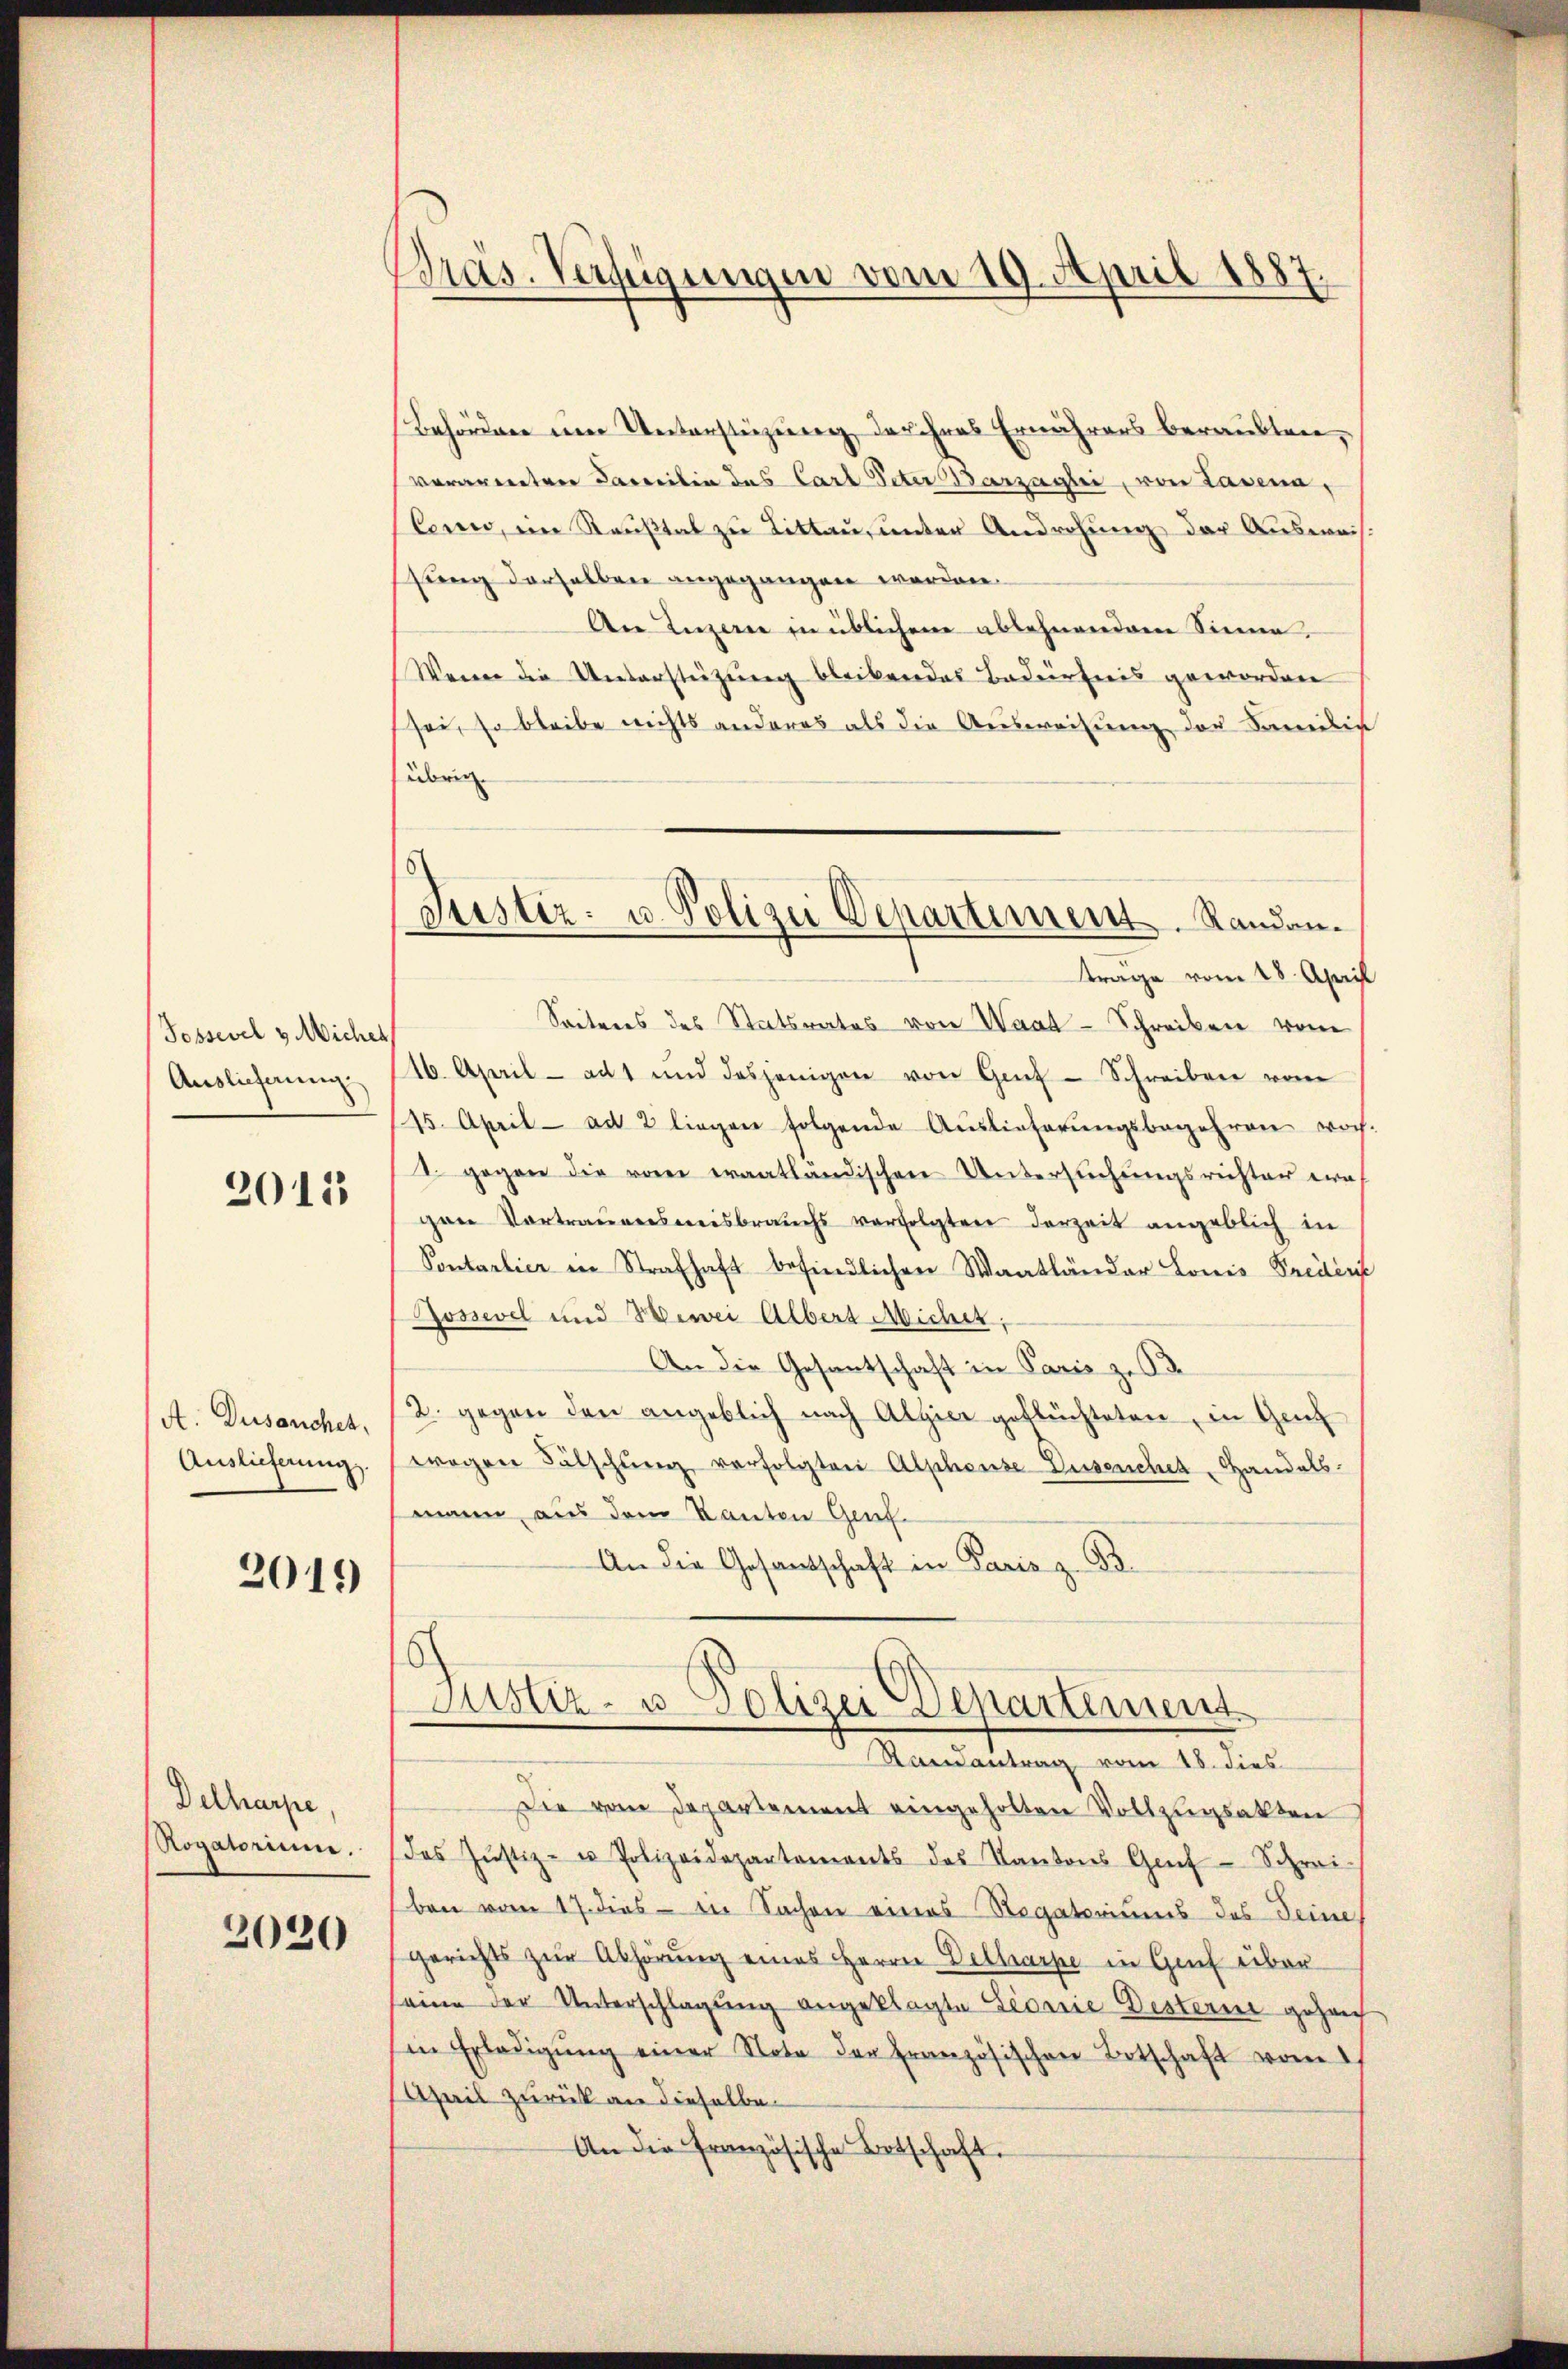
Possevel v. Micher
Auslieferung

2015

A. Dusauchet,
Auslieferung.

2019

Delharpe,
Rogatorium.

2020

Präs. Verfügungen vom 19. April 1887.

Behördere eine Unterstüzung der ihres Ernährers beraubten,
verarbeiten Pareilin des Carl Peter arzaghi, von Lasena,
Conno, ein Stauftat zu Littau, unter Androhung der Ausweissung derselben angegangen worden.
An Luzern in üblichen ablehnendem Sinne,
Wenn die Unterstützung bleibendes Bedürfnis geworden
sei, so bleibe nichts anderes als die Ausweisung der Familie
übrig.
Seiteres des Statsrates von Wart-Schreiben vom
16. April -adt und dasjenigen von Genf - Schreiben vom
15. April ad 2 liegen folgende Auslieferŭngsbegehren woch.
t. gegen die von eraatländischen Untersuchungsrichter era
gen Vortrauensweisbrauchs verfolgten derzeit angeblich in
Pontartier in Strafhaft befindlichen Waatländer Louis Predin
Jossevel und Herei Albert Micher,
An die Gesantschaft in Paris zu B
2. gegen den angeblich nach Alpier geflüchteten, in Genf
wegen Fälschŭng verfolgten Alphonse Dusenchet, Handels.
mann aus dem Kanten Genf¬
An die Gesandtschaft in Paris z. 93.
Justiz- u Polizei Departement
Randantrag vom 18. dies
Die vom Departement eingeholten Vollzugsakten
das Justiz- u Polizeidepartements des Kantons Gruf-Schrei-
ben vom 17. dies - in Sachen eines Rogatoriums des Deine
Gerichts zur Abhörung eines Herrn Delharpe in Genf über
seine der Unterschlagung angeklagte Lionie Disterin gezeich
in Erledigŭng einer Nota der französischen Botschaft vom 1
April zurück an dieselbe
An die französische Betschaft.

Justiz- u. Polizei Departement. Randantrage vom 28. April